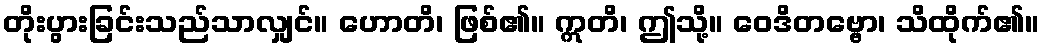
တိုးပွားခြင်းသည်သာလျှင်။ ဟောတိ၊ ဖြစ်၏။ ဣတိ၊ ဤသို့။ ဝေဒိတဗ္ဗော၊ သိထိုက်၏။